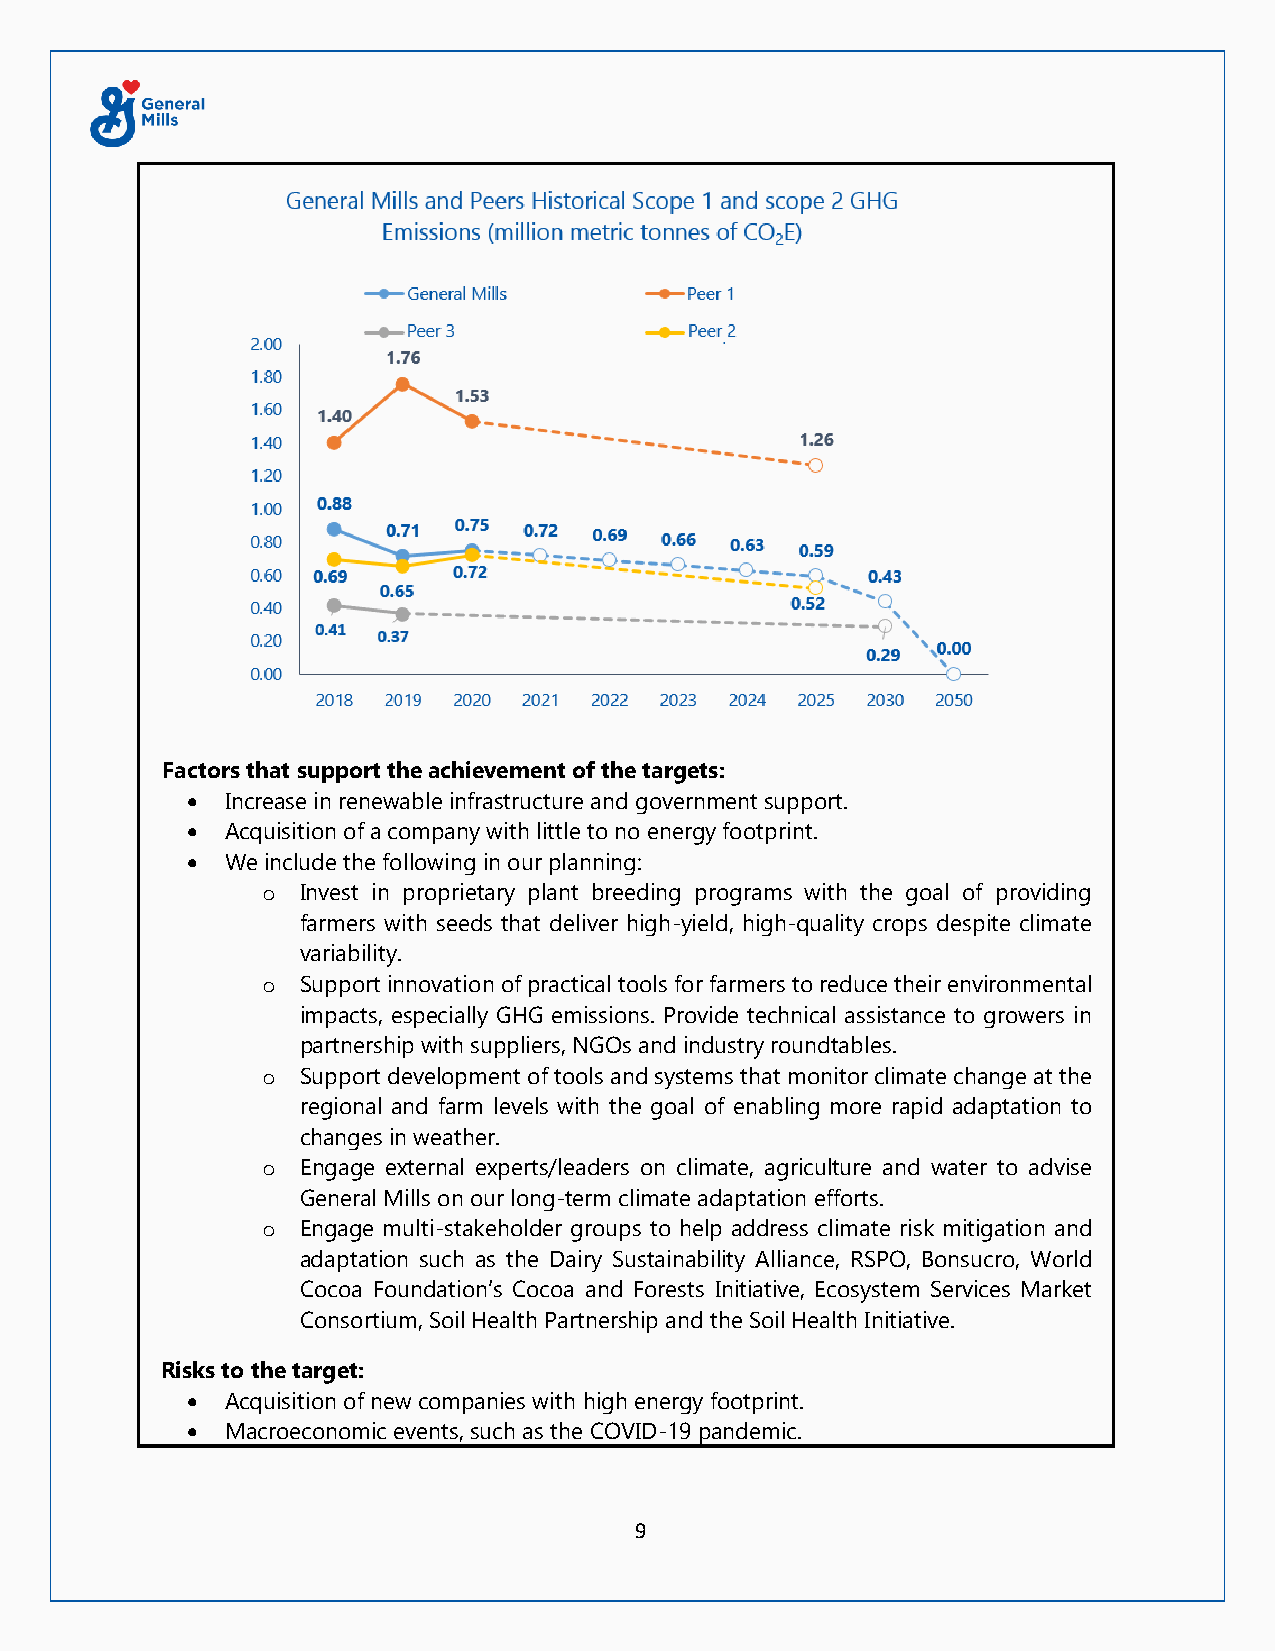
Factors that support the achievement of the targets:
 •  Increase in renewable infrastructure and government support.
 •  Acquisition of a company with little to no energy footprint.
 •  We include the following in our planning:
 o  Invest in proprietary plant breeding programs with the goal of providing
 farmers with seeds that deliver high-yield, high-quality crops despite climate
 variability.
 o  Support innovation of practical tools for farmers to reduce their environmental
 impacts, especially GHG emissions. Provide technical assistance to growers in
 partnership with suppliers, NGOs and industry roundtables.
 o  Support development of tools and systems that monitor climate change at the
 regional and farm levels with the goal of enabling more rapid adaptation to
 changes in weather.
 o  Engage external experts/leaders on climate, agriculture and water to advise
 General Mills on our long-term climate adaptation efforts.
 o  Engage multi-stakeholder groups to help address climate risk mitigation and
 adaptation such as the Dairy Sustainability Alliance, RSPO, Bonsucro, World
 Cocoa Foundation’s Cocoa and Forests Initiative, Ecosystem Services Market
 Consortium, Soil Health Partnership and the Soil Health Initiative.
 Risks to the target:
 •  Acquisition of new companies with high energy footprint.
 •  Macroeconomic events, such as the COVID-19 pandemic.
 9